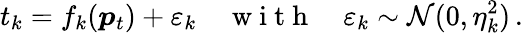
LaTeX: t_{k}=f_{k}(\boldsymbol{p}_{t})+\varepsilon_{k}\quad\mathrm{~w~i~t~h~}\quad\varepsilon_{k}\sim\mathcal{N}(0,\eta_{k}^{2})\, .